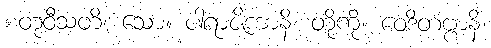
စတုဝီသတိ၊ သော။ ပါရာဇိကာနိ၊ တို့ကို။ ဝေဒိတဗ္ဗာနိ၊